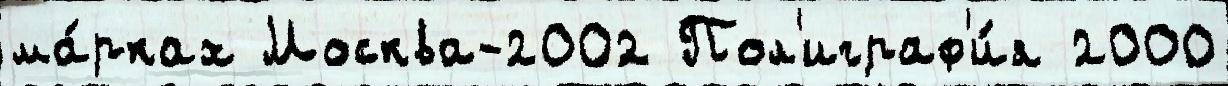
ма́рках Москва-2002 Пол'играф'и́я 2000